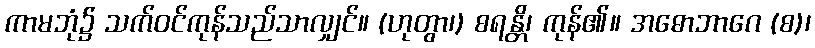
ကာမဘုံ၌ သက်ဝင်ကုန်သည်သာလျှင်။ (ဟုတွာ၊) စရန္တိ၊ ကုန်၏။ အဓောဘာဂေ (စ)၊